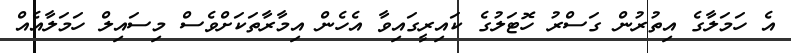
އެ ހަމަލާގެ އިތުރުން ގަސްރު ހޮޓަލުގެ ކައިރީގައިވާ އެހެން އިމާރާތަކަށްވެސް މިސައިލް ހަމަލާއެއް